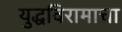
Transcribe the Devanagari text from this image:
युद्धविरामाचा